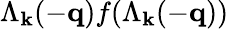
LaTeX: \Lambda_{{\mathbf{k}}}(-{\mathbf{q}})f(\Lambda_{{\mathbf{k}}}(-{\mathbf{q}}))